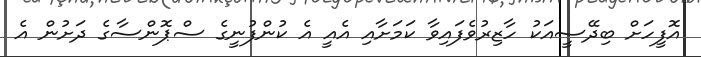
އޮފީހަށް ބިދޭސީއަކު ހާޒިރުވެފައިވާ ކަމަށާއި އެއީ އެ ކުންފުނީގެ ސްޕޮންސާގެ ދަށުން އެ